画像に写った文字を読んでください
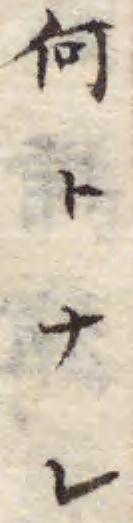
「何トナレ」と書いてあります